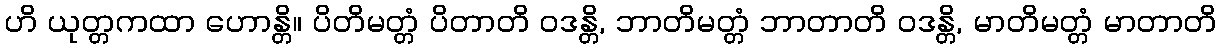
ဟိ ယုတ္တကထာ ဟောန္တိ။ ပိတိမတ္တံ ပိတာတိ ဝဒန္တိ, ဘာတိမတ္တံ ဘာတာတိ ဝဒန္တိ, မာတိမတ္တံ မာတာတိ